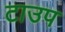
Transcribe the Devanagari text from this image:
टाउप